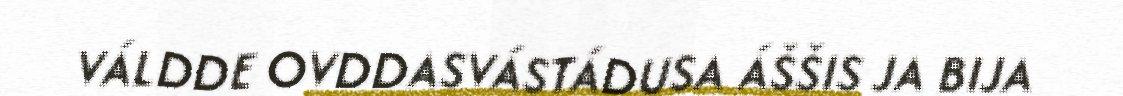
VÁLDDE OVDDASVÁSTÁDUSA ÁŠŠIS JA BIJA